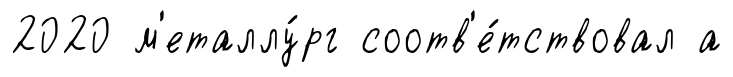
2020 м'еталлу́рг соотв'е́тствовал а